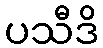
ပသီဒိ